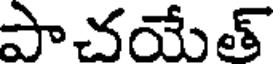
పాచయేత్